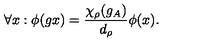
\forall x : \phi ( g x ) = \frac { \chi _ { \rho } ( g _ { A } ) } { d _ { \rho } } \phi ( x ) .